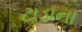
ટાડાના